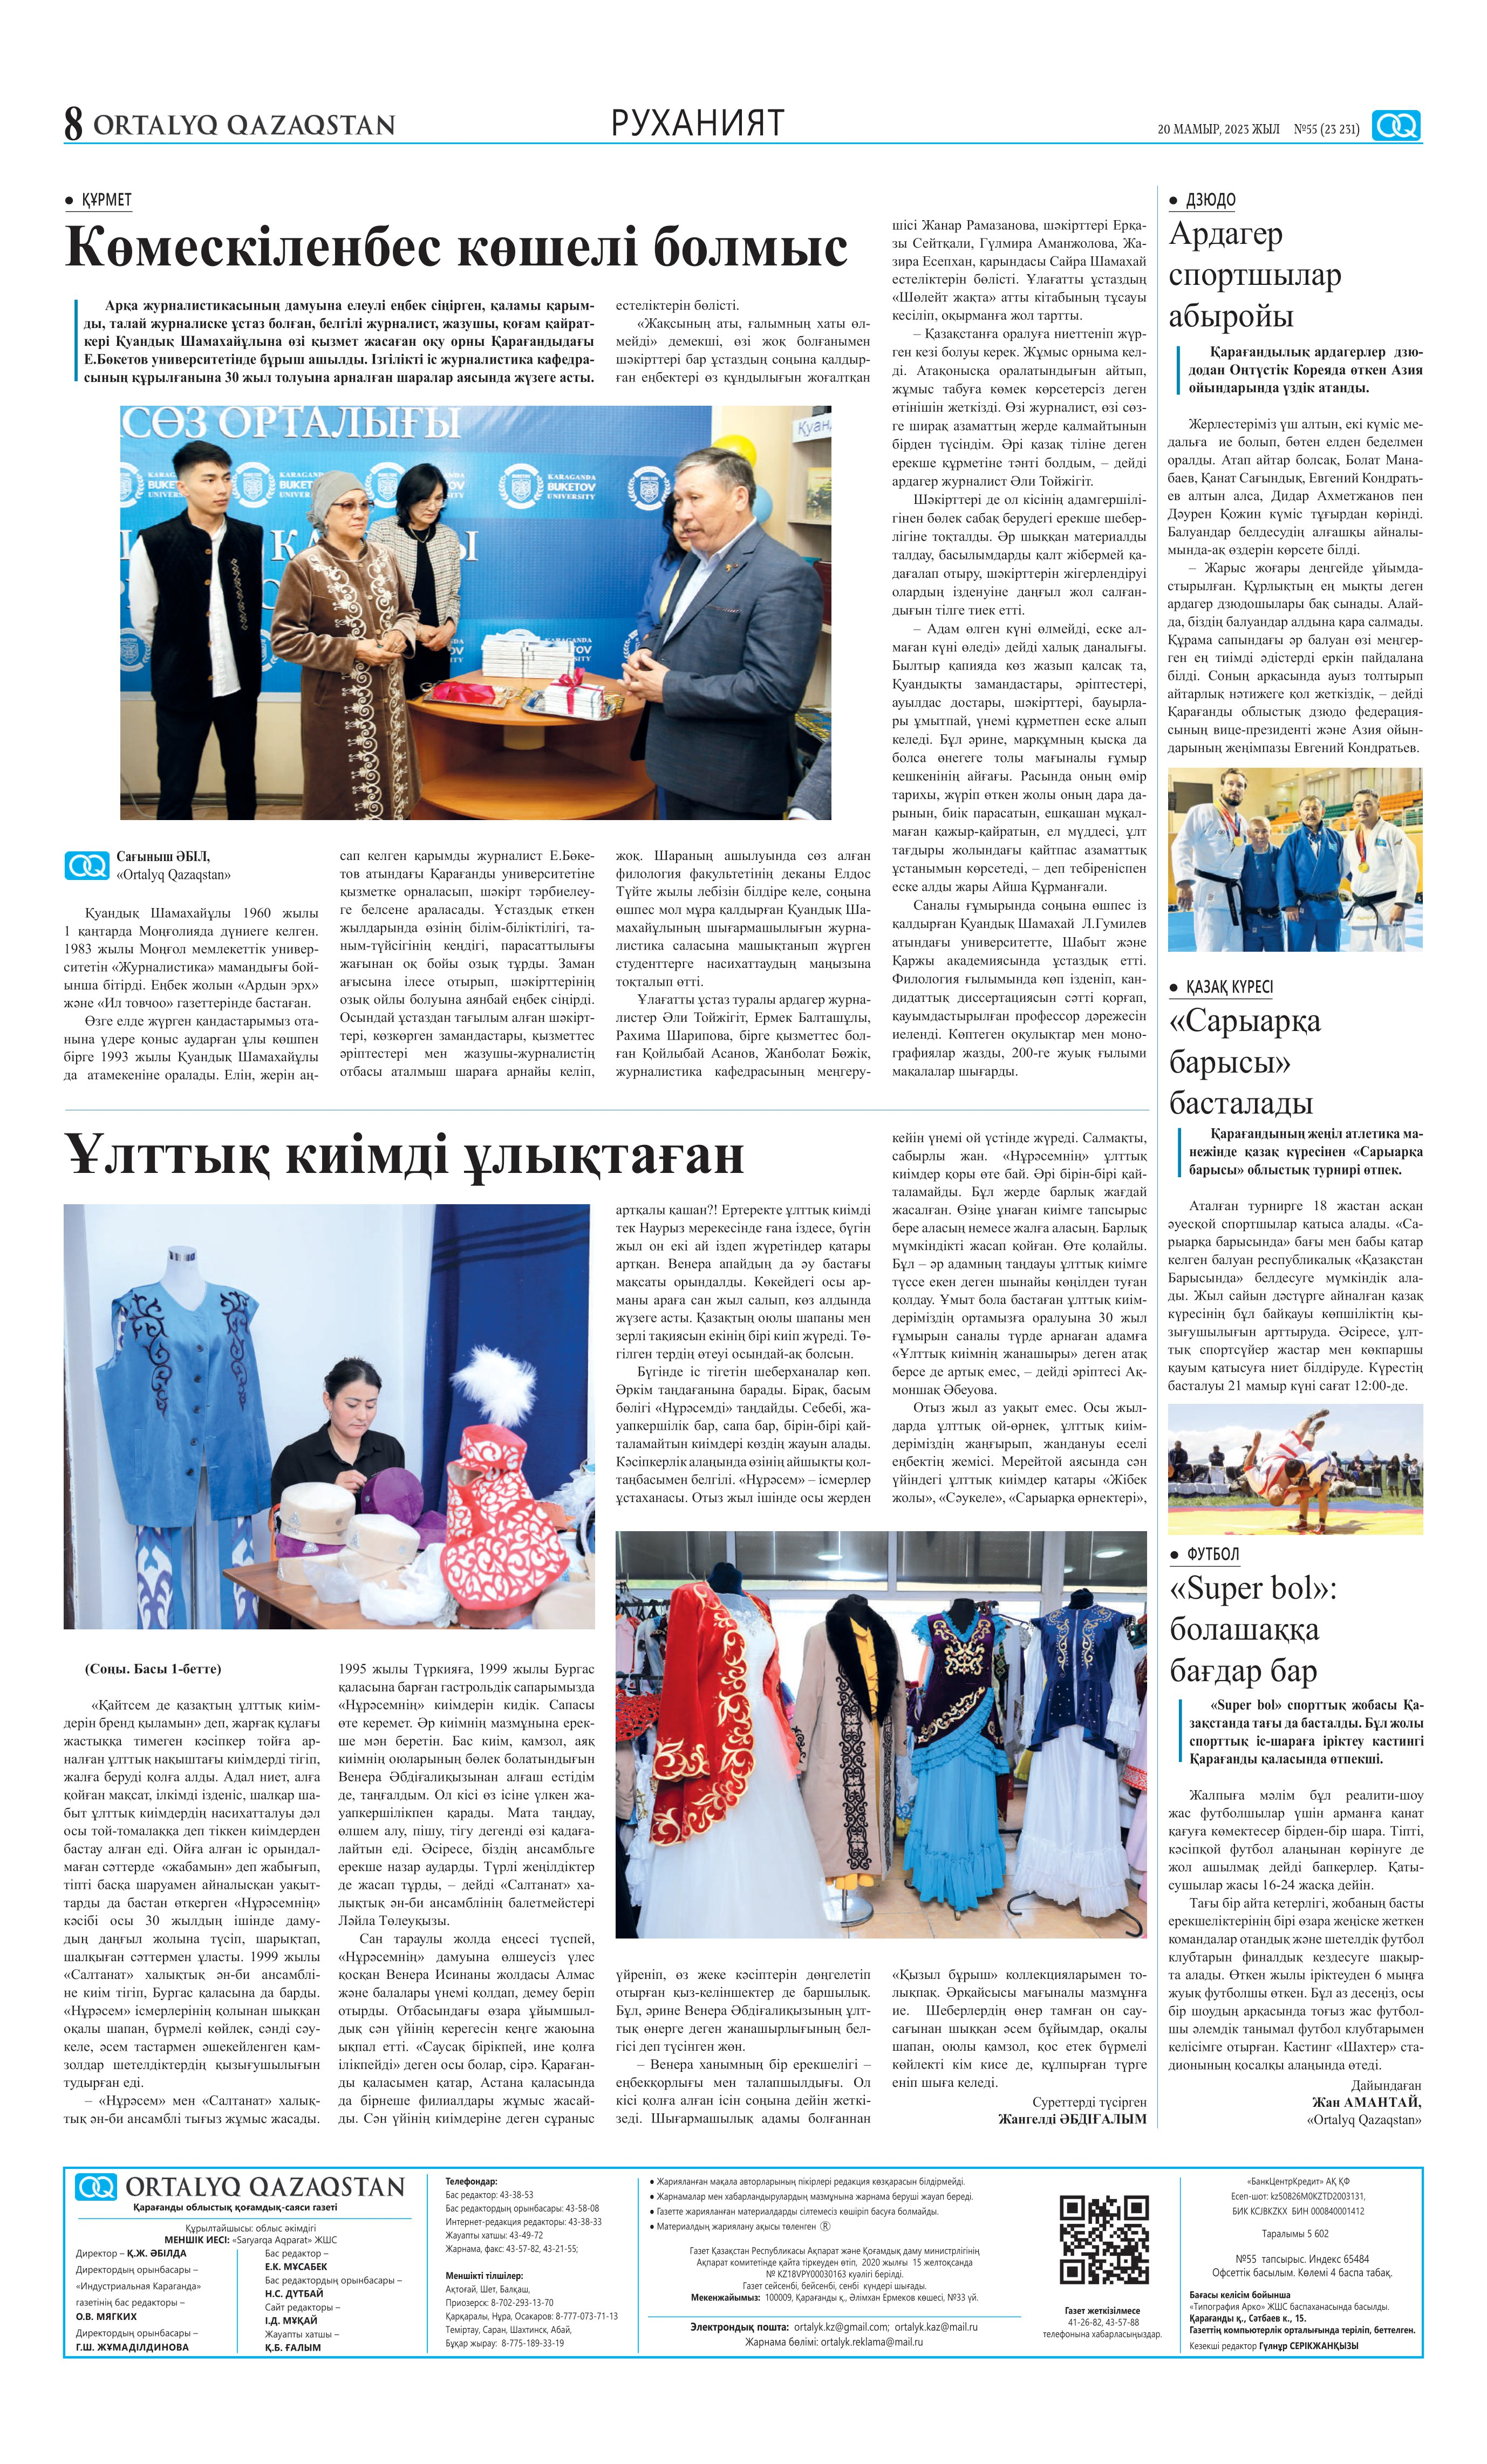
Language: kk